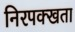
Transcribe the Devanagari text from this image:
निरपक्खता